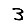
Digit: 3